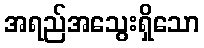
အရည်အသွေးရှိသော